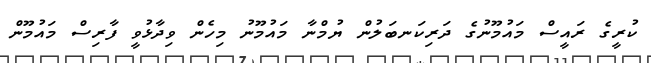
ކުރީގެ ރައީސް މައުމޫނުގެ ދަރިކަނބަލުން ޔުމްނާ މައުމޫނު މިހެން ވިދާޅުވީ ފާރިސް މައުމޫން